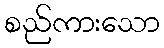
စည်ကားသော